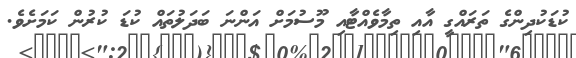
ކުޑަކުދިންގެ ތަރައްގީ އާއި ތިމާވެއްޓާއި މޫސުމަށް އަންނަ ބަދަލުތައް ކުޑަ ކުރުން ކަަމަށެވެ.